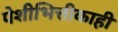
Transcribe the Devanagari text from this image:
पेशीभित्तीकाही